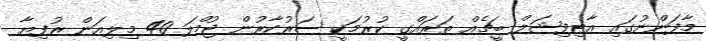
މާފަންނުގައި އާޓިފިޝަލް ބީޗެއް ތަރައްގީ ކުރުމަކީ ސަރުކާރުން ޖުމްލަ 40 މިލިއަން ރުފިޔާ